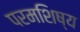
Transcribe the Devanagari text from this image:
परमशिष्य